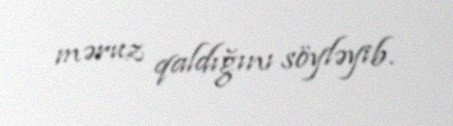
məruz qaldığını söyləyib.